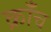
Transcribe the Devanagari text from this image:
क्राँच